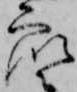
衆